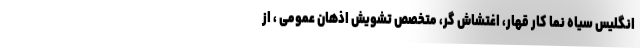
انگلیس سیاه نما کار قهار، اغتشاش گر، متخصص تشویش اذهان عمومی ، از